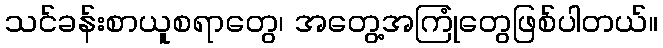
သင်ခန်းစာယူစရာတွေ၊ အတွေ့အကြုံတွေဖြစ်ပါတယ်။